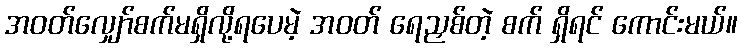
အဝတ်လျှော်စက်မရှိလို့ရပေမဲ့ အဝတ် ရေညှစ်တဲ့ စက် ရှိရင် ကောင်းမယ်။